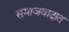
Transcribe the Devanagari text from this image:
समाजवादात